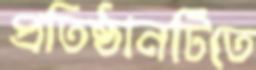
প্রতিষ্ঠানটিতে